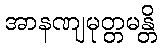
အာနဏျမုတ္တမန္တိ